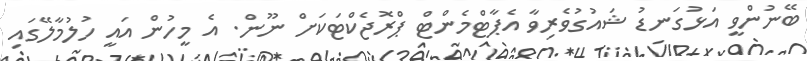
ބޭނުންވީ އަޅުގަނޑު ޝައުގުވެރިވާ އެޕާޓްމެންޓް ޕްރޮޖެކްޓަކަށް ނޫން. އެ މީހުން އައީ ހުލުމާލޭގައި